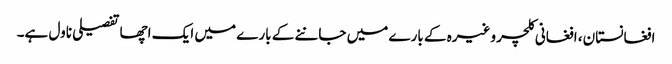
افغانستان، افغانی کلچر وغیرہ کے بارے میں جاننے کے بارے میں ایک اچھا تفصیلی ناول ہے۔